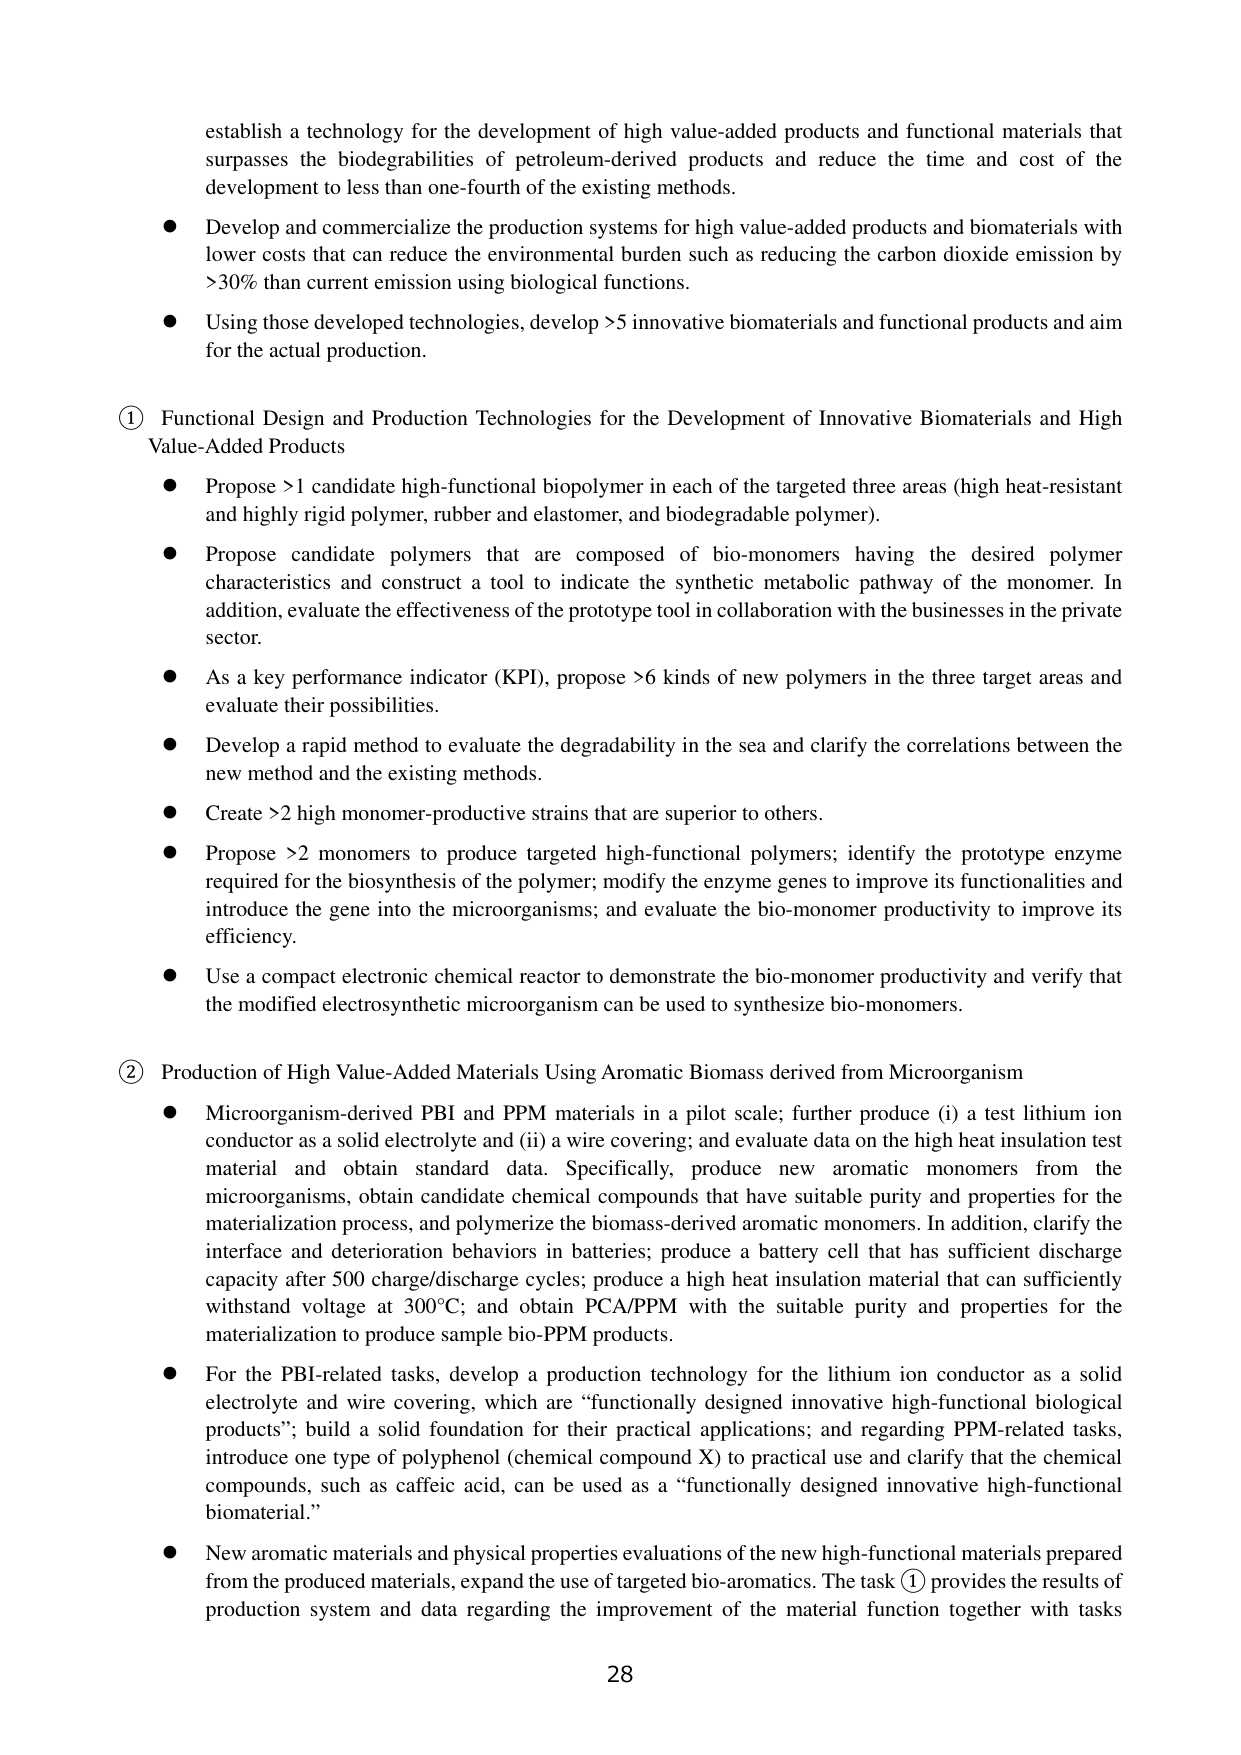
establish a technology for the development of high value-added products and functional materials that surpasses the biodegradabilities of petroleum-derived products and reduce the time and cost of the development to less than one-fourth of the existing methods.

● Develop and commercialize the production systems for high value-added products and biomaterials with lower costs that can reduce the environmental burden such as reducing the carbon dioxide emission by >30% than current emission using biological functions.

● Using those developed technologies, develop >5 innovative biomaterials and functional products and aim for the actual production.

① Functional Design and Production Technologies for the Development of Innovative Biomaterials and High Value-Added Products

● Propose >1 candidate high-functional biopolymer in each of the targeted three areas (high heat-resistant and highly rigid polymer, rubber and elastomer, and biodegradable polymer).

● Propose candidate polymers that are composed of bio-monomers having the desired polymer characteristics and construct a tool to indicate the synthetic metabolic pathway of the monomer. In addition, evaluate the effectiveness of the prototype tool in collaboration with the businesses in the private sector.

● As a key performance indicator (KPI), propose >6 kinds of new polymers in the three target areas and evaluate their possibilities.

● Develop a rapid method to evaluate the degradability in the sea and clarify the correlations between the new method and the existing methods.

● Create >2 high monomer-productive strains that are superior to others.

● Propose >2 monomers to produce targeted high-functional polymers; identify the prototype enzyme required for the biosynthesis of the polymer; modify the enzyme genes to improve its functionalities and introduce the gene into the microorganisms; and evaluate the bio-monomer productivity to improve its efficiency.

● Use a compact electronic chemical reactor to demonstrate the bio-monomer productivity and verify that the modified electrosynthetic microorganism can be used to synthesize bio-monomers.

② Production of High Value-Added Materials Using Aromatic Biomass derived from Microorganism

● Microorganism-derived PBI and PPM materials in a pilot scale; further produce (i) a test lithium ion conductor as a solid electrolyte and (ii) a wire covering; and evaluate data on the high heat insulation test material and obtain standard data. Specifically, produce new aromatic monomers from the microorganisms, obtain candidate chemical compounds that have suitable purity and properties for the materialization process, and polymerize the biomass-derived aromatic monomers. In addition, clarify the interface and deterioration behaviors in batteries; produce a battery cell that has sufficient discharge capacity after 500 charge/discharge cycles; produce a high heat insulation material that can sufficiently withstand voltage at 300°C; and obtain PCA/PPM with the suitable purity and properties for the materialization to produce sample bio-PPM products.

● For the PBI-related tasks, develop a production technology for the lithium ion conductor as a solid electrolyte and wire covering, which are “functionally designed innovative high-functional biological products”; build a solid foundation for their practical applications; and regarding PPM-related tasks, introduce one type of polyphenol (chemical compound X) to practical use and clarify that the chemical compounds, such as caffeic acid, can be used as a “functionally designed innovative high-functional biomaterial.”

● New aromatic materials and physical properties evaluations of the new high-functional materials prepared from the produced materials, expand the use of targeted bio-aromatics. The task ① provides the results of production system and data regarding the improvement of the material function together with tasks

28